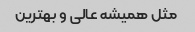
مثل همیشه عالی و بهترین